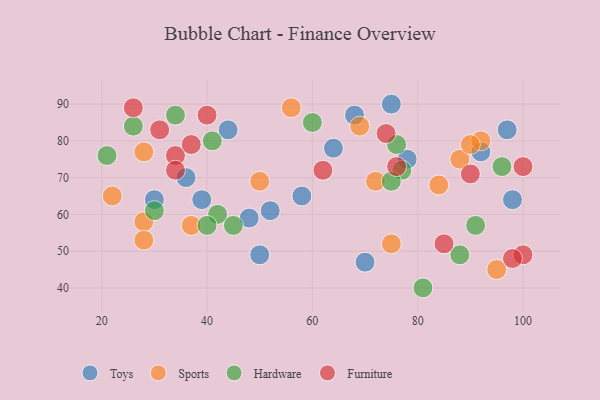
{"axis": {"x": "GDP", "y": "Life Expectancy"}, "legend": ["Furniture", "Hardware", "Sports", "Toys"], "data": [{"x": "44", "y": 83, "type": "Toys"}, {"x": "58", "y": 65, "type": "Toys"}, {"x": "64", "y": 78, "type": "Toys"}, {"x": "36", "y": 70, "type": "Toys"}, {"x": "68", "y": 87, "type": "Toys"}, {"x": "39", "y": 64, "type": "Toys"}, {"x": "30", "y": 64, "type": "Toys"}, {"x": "52", "y": 61, "type": "Toys"}, {"x": "48", "y": 59, "type": "Toys"}, {"x": "97", "y": 83, "type": "Toys"}, {"x": "92", "y": 77, "type": "Toys"}, {"x": "78", "y": 75, "type": "Toys"}, {"x": "50", "y": 49, "type": "Toys"}, {"x": "98", "y": 64, "type": "Toys"}, {"x": "70", "y": 47, "type": "Toys"}, {"x": "75", "y": 90, "type": "Toys"}, {"x": "37", "y": 57, "type": "Sports"}, {"x": "88", "y": 75, "type": "Sports"}, {"x": "92", "y": 80, "type": "Sports"}, {"x": "56", "y": 89, "type": "Sports"}, {"x": "50", "y": 69, "type": "Sports"}, {"x": "84", "y": 68, "type": "Sports"}, {"x": "22", "y": 65, "type": "Sports"}, {"x": "72", "y": 69, "type": "Sports"}, {"x": "69", "y": 84, "type": "Sports"}, {"x": "28", "y": 58, "type": "Sports"}, {"x": "28", "y": 53, "type": "Sports"}, {"x": "28", "y": 77, "type": "Sports"}, {"x": "90", "y": 79, "type": "Sports"}, {"x": "75", "y": 52, "type": "Sports"}, {"x": "95", "y": 45, "type": "Sports"}, {"x": "41", "y": 80, "type": "Hardware"}, {"x": "21", "y": 76, "type": "Hardware"}, {"x": "26", "y": 84, "type": "Hardware"}, {"x": "91", "y": 57, "type": "Hardware"}, {"x": "88", "y": 49, "type": "Hardware"}, {"x": "42", "y": 60, "type": "Hardware"}, {"x": "30", "y": 61, "type": "Hardware"}, {"x": "96", "y": 73, "type": "Hardware"}, {"x": "34", "y": 87, "type": "Hardware"}, {"x": "45", "y": 57, "type": "Hardware"}, {"x": "40", "y": 57, "type": "Hardware"}, {"x": "81", "y": 40, "type": "Hardware"}, {"x": "76", "y": 79, "type": "Hardware"}, {"x": "77", "y": 72, "type": "Hardware"}, {"x": "60", "y": 85, "type": "Hardware"}, {"x": "75", "y": 69, "type": "Hardware"}, {"x": "90", "y": 71, "type": "Furniture"}, {"x": "34", "y": 76, "type": "Furniture"}, {"x": "40", "y": 87, "type": "Furniture"}, {"x": "26", "y": 89, "type": "Furniture"}, {"x": "76", "y": 73, "type": "Furniture"}, {"x": "31", "y": 83, "type": "Furniture"}, {"x": "85", "y": 52, "type": "Furniture"}, {"x": "74", "y": 82, "type": "Furniture"}, {"x": "37", "y": 79, "type": "Furniture"}, {"x": "100", "y": 73, "type": "Furniture"}, {"x": "100", "y": 49, "type": "Furniture"}, {"x": "98", "y": 48, "type": "Furniture"}, {"x": "34", "y": 72, "type": "Furniture"}, {"x": "62", "y": 72, "type": "Furniture"}]}